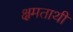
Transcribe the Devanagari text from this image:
क्षमताथी